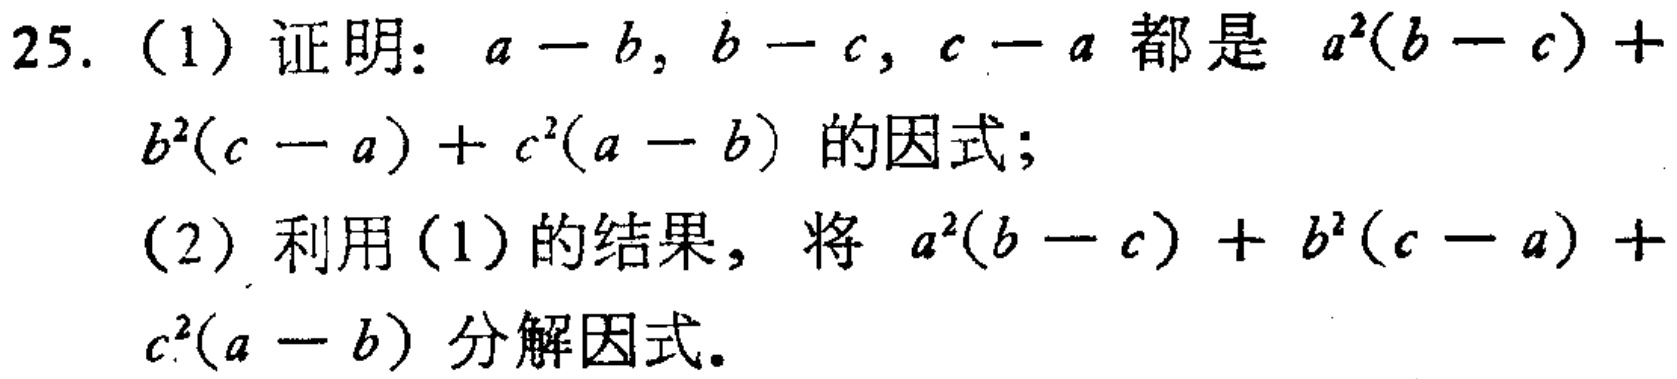
25. (1) 证明：\(a - b\)，\(b - c\)，\(c - a\) 都是 \(a^{2}(b - c)+b^{2}(c - a)+c^{2}(a - b)\) 的因式；

(2) 利用 (1) 的结果，将 \(a^{2}(b - c)+b^{2}(c - a)+c^{2}(a - b)\) 分解因式。